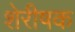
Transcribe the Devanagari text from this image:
शेरीषक